Annual report of the Camel Specialist
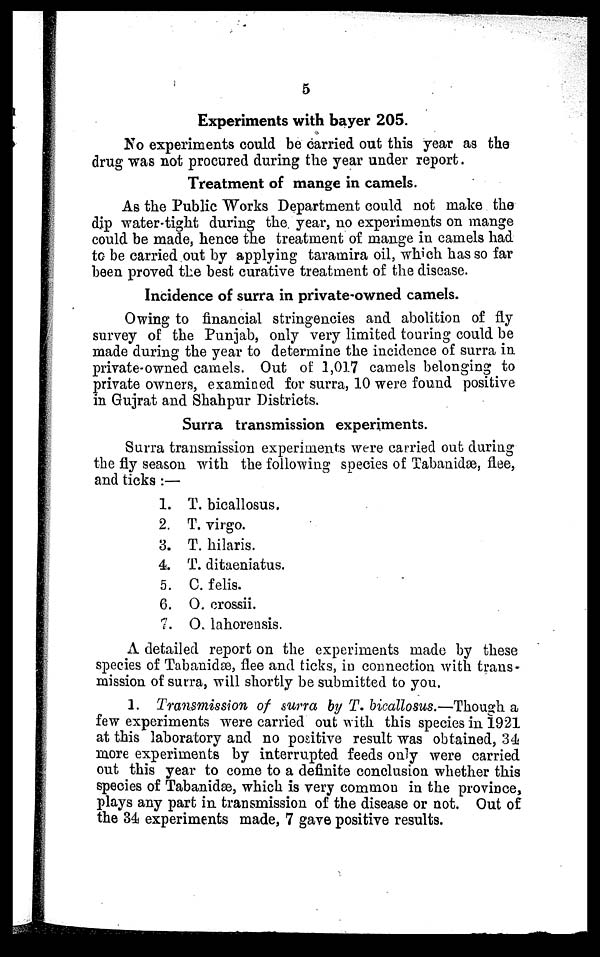
5
Experiments with bayer 205.
No experiments could be carried out this year as the
drug was not procured during the year under report.
Treatment of mange in camels.
As the Public Works Department could not make the
dip water-tight during the year, no experiments on mange
could be made, hence the treatment of mange in camels had
to be carried out by applying taramira oil, which has so far
been proved the best curative treatment of the disease.
Incidence of surra in private-owned camels.
Owing to financial stringencies and abolition of fly
survey of the Punjab, only very limited touring could be
made during the year to determine the incidence of surra in
private-owned camels. Out of 1,017 camels belonging to
private owners, examined for surra, 10 were found positive
in Gujrat and Shahpur Districts.
Surra transmission experiments.
Surra transmission experiments were carried out during
the fly season with the following species of Tabanidæ, flee,
and ticks:—
1. T. bicallosus.
2. T. virgo.
3. T. hilaris.
4. T. ditaeniatus.
5. C. felis.
6. O. crossii.
7. O. lahorensis.
A detailed report on the experiments made by these
species of Tabanidæ, flee and ticks, in connection with trans-
mission of surra, will shortly be submitted to you.
1. Transmission of surra by T. bicallosus.—Though a
few experiments were carried out with this species in 1921
at this laboratory and no positive result was obtained, 34
more experiments by interrupted feeds only were carried
out this year to come to a definite conclusion whether this
species of Tabanidæ, which is very common in the province,
plays any part in transmission of the disease or not. Out of
the 34 experiments made, 7 gave positive results.